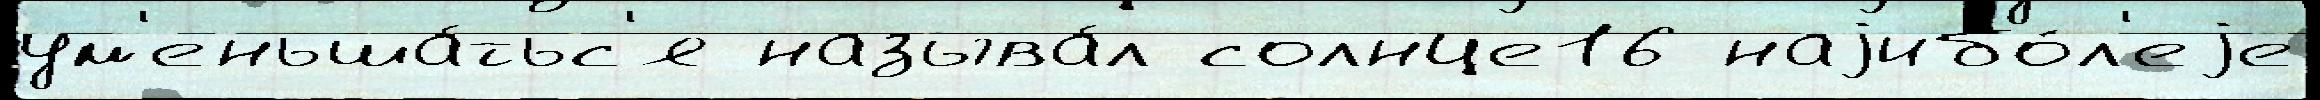
ум'еньша́тьс'я называ́л солнце16 наjибо́л'еjе